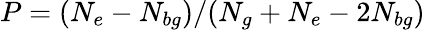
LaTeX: P=(N_{e}-N_{bg})/(N_{g}+N_{e}-2N_{bg})